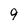
Character: 9